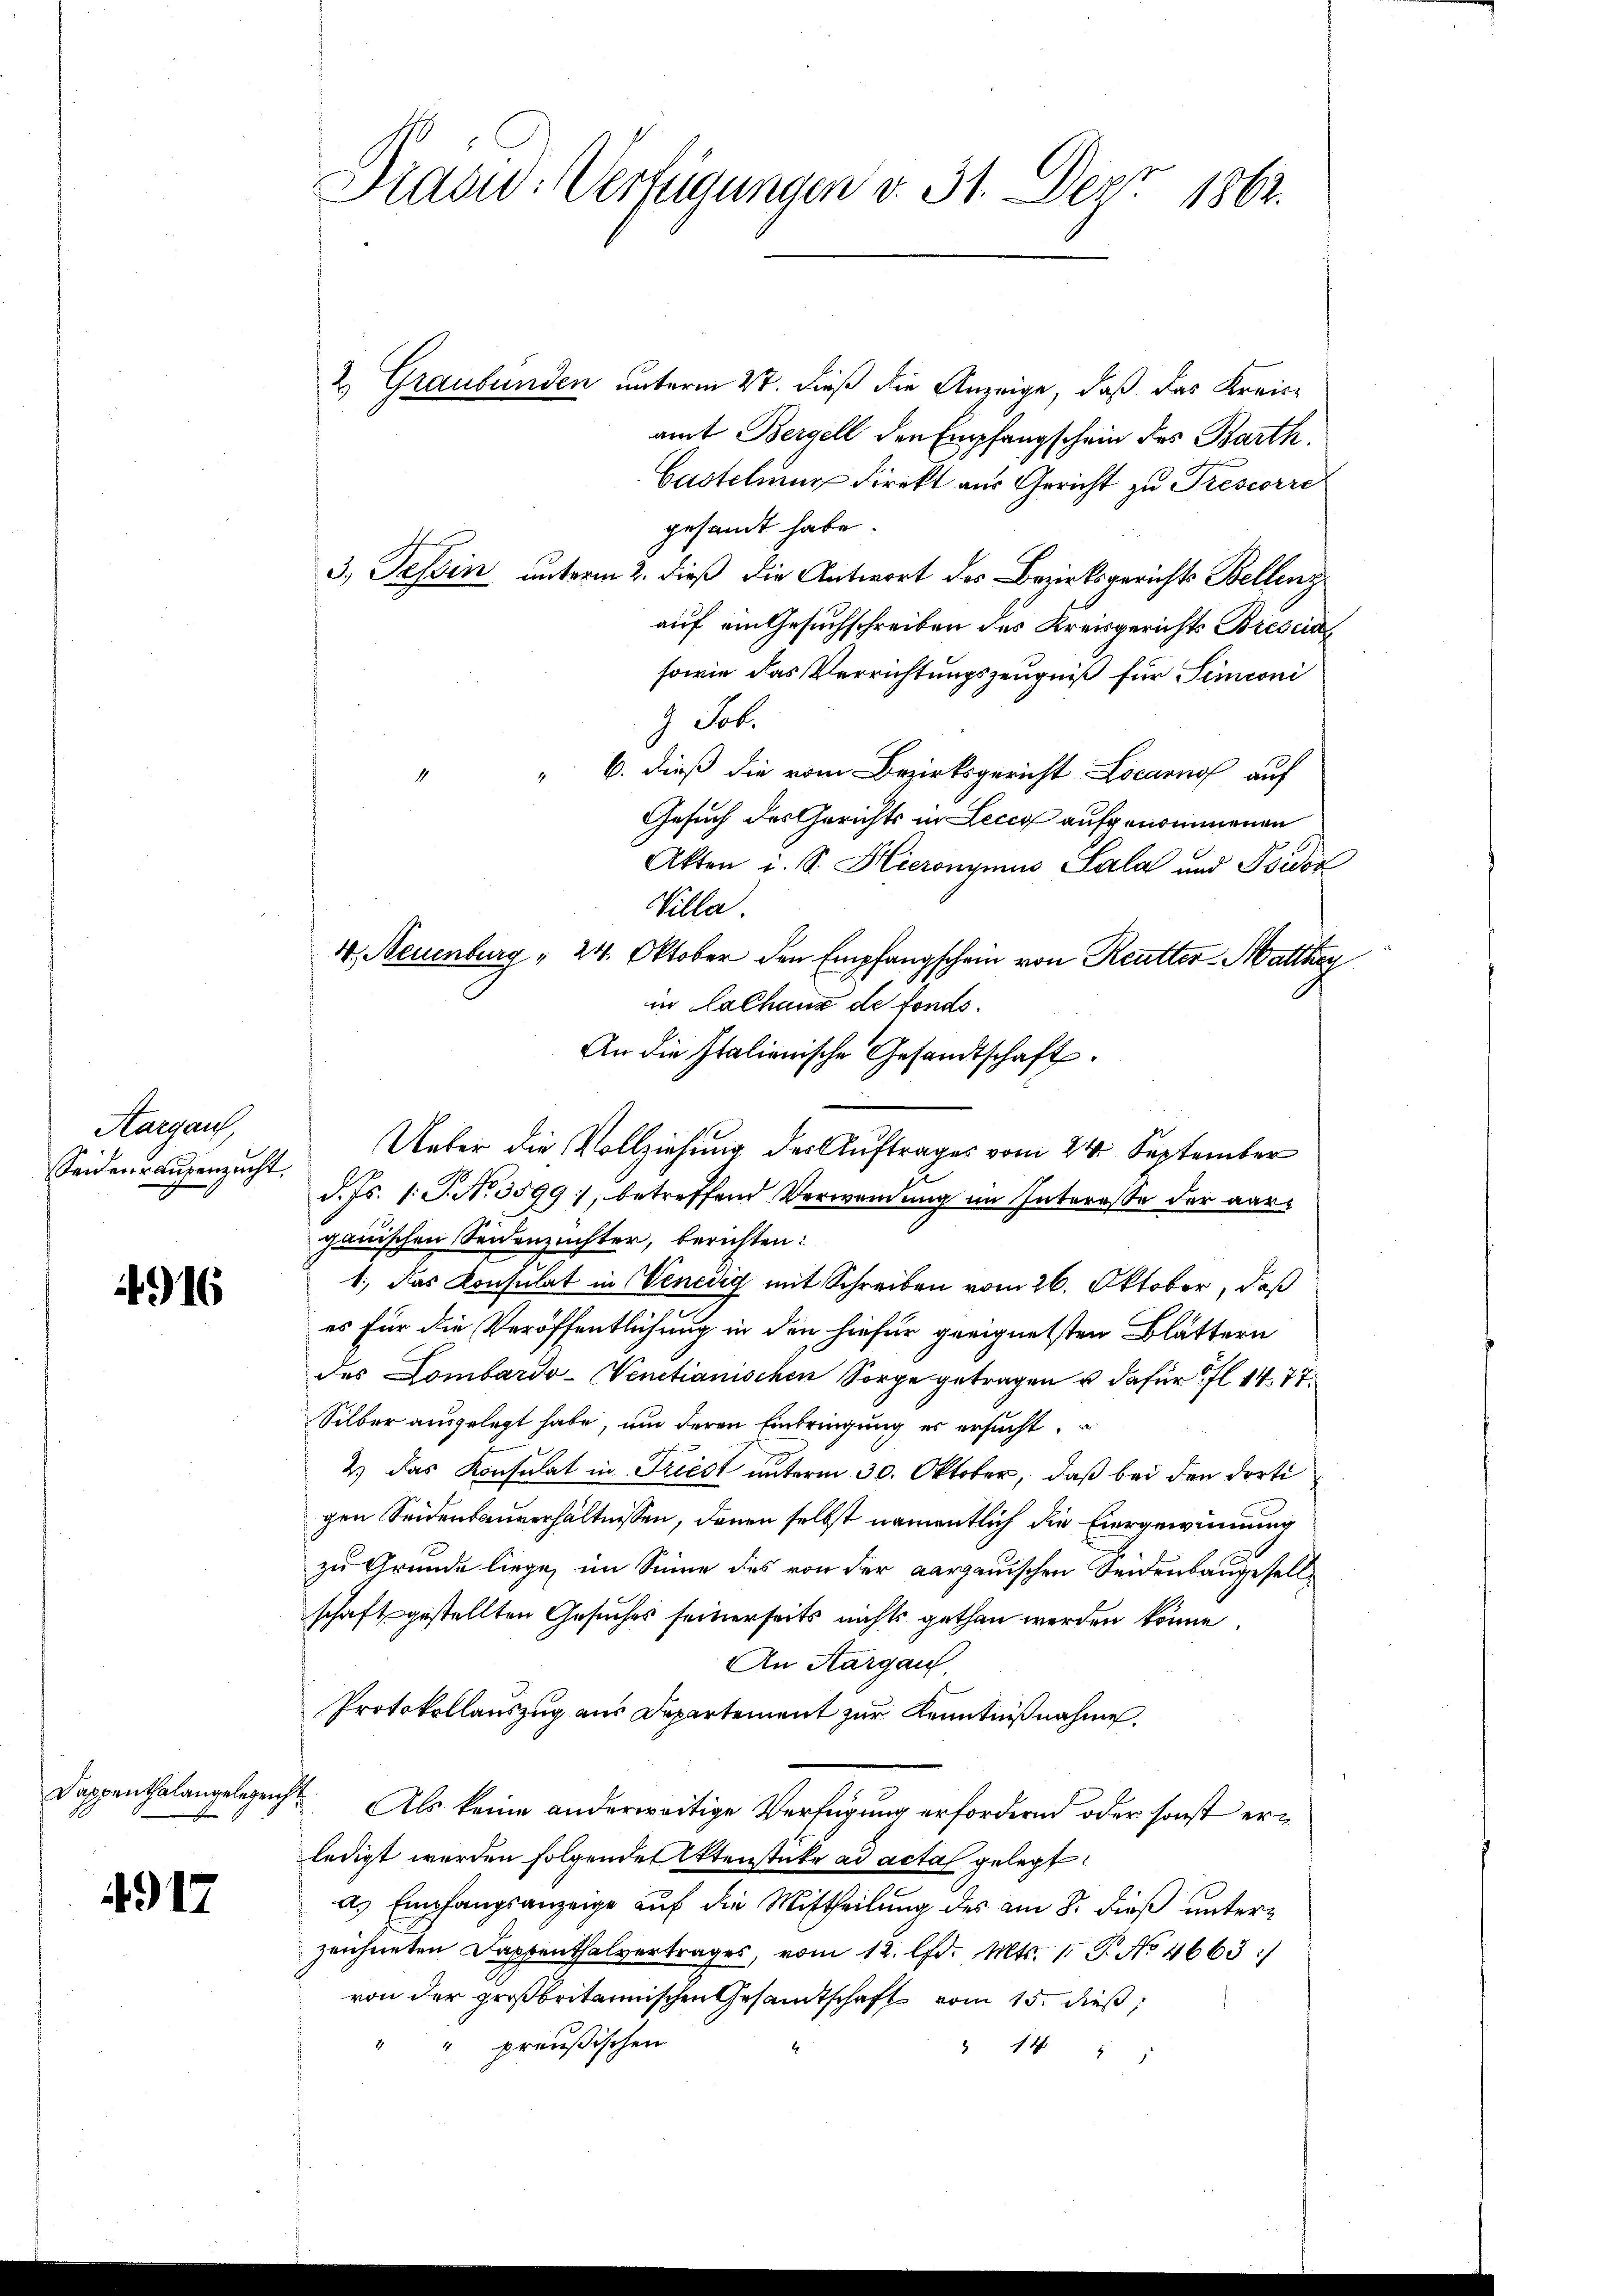
Hargau
Seidenraupenzucht.

4916

Dappenthalangelezeich

4917

Tradid: Verfügungen v. 31. Der 1862.

2. Graubünden unterm 2t. dieß die Anzeige, daß das Kreisamt Bergell den Empfangschein des Barth.
Castelung direkt aus Gericht zu Trescorre
gesandt habe.
3, Tessin unterm 2. dieß die Antwort des Bezirksgerichts Bellenz
auf ein Gesuchschreiben des Kreisgerichts Brescia
sowie das Verrichtungszeugniß für Simoni
7 Schi
" 6. dieß die vom Bezirksgericht Locarno auf
4
Gesuch des Gerichts in Lecey aufgenommenen
Akten i. S. Hieronymus Sala und Isidor
Villa
4, Neuenburg " 24. Oktober den Empfangschein von Reutter Matthar
in Calhaus de fonds.
An die Italienische Gesandtschaft.
d. Js. 1. J. No. 3599), betreffend Verwendung im Intereße der aarganischen Seidenzuchter, berichten:
1.) Das Konsulat in Venedig mit Schreiben vom 26. Oktober, daß
es für die Veröffentlichung in den hiefür geeignetsten Blättern
des Lombardo-Venetianischen Sorge getragen u dafür fl. 14. 77.
Silber ausgelegt habe, um deren Einbringung es ersucht.
2.) Das Konsulat in Friest unterm 30. Oktober, daß bei den dorti
gen Seidenbauverhältnissen, denen selbst namentlich die Eiergewinnung
zu Grunde liege, im Sinne des von der aargauischen Seidenbaugesellschaft gestellten Gesuches seinerseits nichts gethan werden könne.
An Aargau
Protokollauszug aus Departement zur Kenntnißnahme.
 Als keine anderweitige Verfügung erfordernd oder sonst erledigt werden folgende Aktenstücke ad acta gelegt.
a. Empfangsanzeige auf die Mittheilung des am 8. dieß unterzeichneten Dappenthalvertrages, vom 12. d. Mts. 1 P. No 4663 :/
von der großbritannischen Gesandtschaft vom 15. dieß,
preußischen
" 14 " "

Ueber die Vollziehung des Auftrages vom 24. September